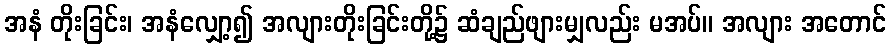
အနံ တိုးခြင်း၊ အနံလျှော့၍ အလျားတိုးခြင်းတို့၌ ဆံချည်ဖျားမျှလည်း မအပ်။ အလျား အတောင်